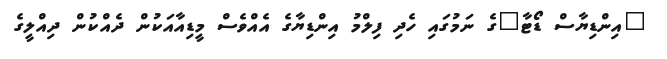
"އިންޑިޔާސް ޑޯޓާ"ގެ ނަމުގައި ހެދި ފިލްމު އިންޑިޔާގެ އެއްވެސް މީޑިއާއަކުން ދެއްކުން ދިއްލީގެ